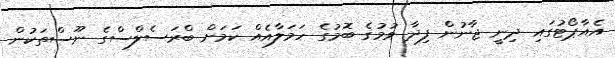
އެއާޕޯޓުގައި ދިނީ ޖާނުން ފިދާ ވުމުގެ ބޮމުގެ ހަމަލާއެއް ކަމަށް ބްރަސެލްސްގެ ނޫސްތަކުން